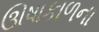
ઊષાકાળના